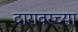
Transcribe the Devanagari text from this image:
दारावरच्या